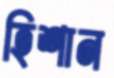
হিশান